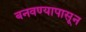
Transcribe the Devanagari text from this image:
बनवण्यापासून